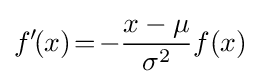
f'\!(x)\!=\!-\!\,{\frac {x-\mu }{\sigma ^{2}}}f(x)